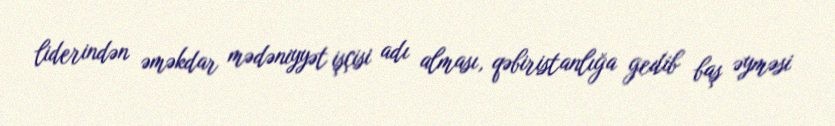
liderindən əməkdar mədəniyyət işçisi adı alması, qəbiristanlığa gedib baş əyməsi